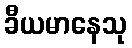
ခီယမာနေသု